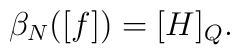
\beta_N([f])=[H]_Q.